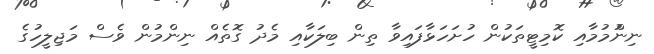
ނިންުމުމާއި ކޮމިޓީތަކުން ހުށަހަޅާފައިވާ ތިން ބިލަކާއި މެދު ގޮތެއް ނިންމުން ވެސް މަޖިލީހުގެ